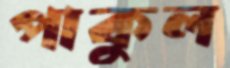
পাকুল